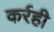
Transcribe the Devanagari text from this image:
कर्रही